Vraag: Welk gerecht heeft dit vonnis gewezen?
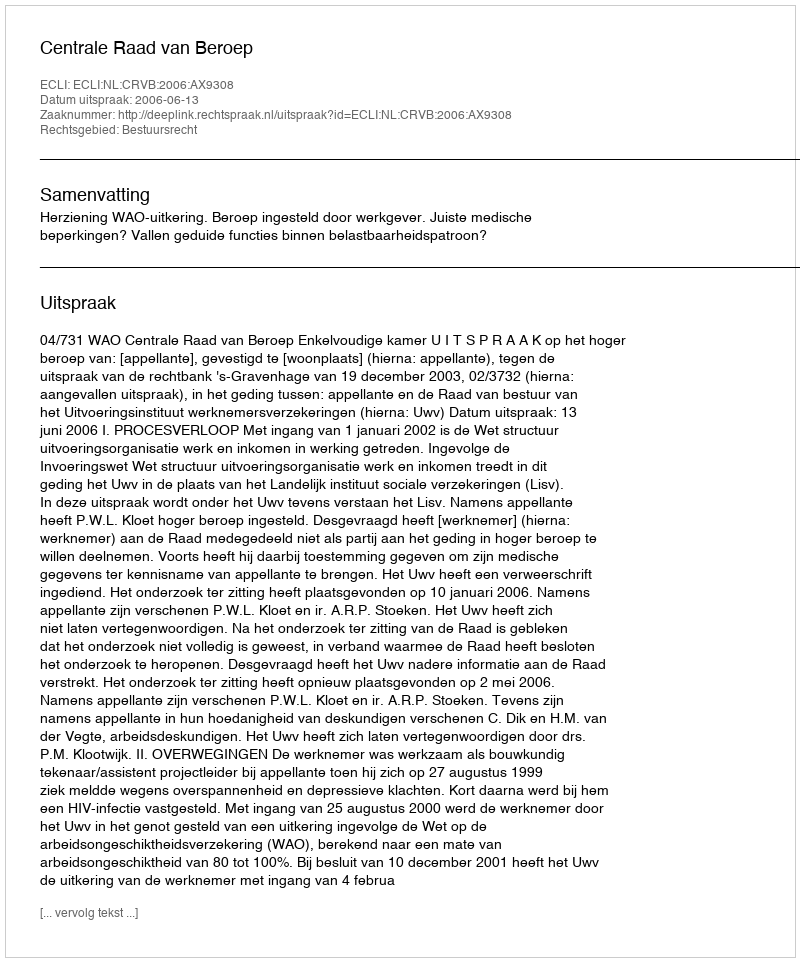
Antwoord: Centrale Raad van Beroep